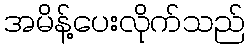
အမိန့်ပေးလိုက်သည်